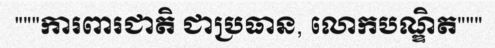
"""ការពារជាតិ ជាប្រធាន, លោកបណ្ឌិត"""